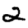
Digit: 2